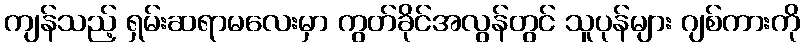
ကျန်သည့် ရှမ်းဆရာမလေးမှာ ကွတ်ခိုင်အလွန်တွင် သူပုန်များ ဂျစ်ကားကို